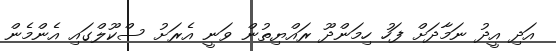
އަދި އީދު ނަމާދަށް ފަހު ހިމަންދޫ ރައްޔިތުން ވަނީ އެރަށު ސްކޫލްގައި އެންމެން